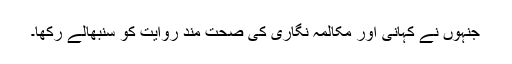
جنہوں نے کہانی اور مکالمہ نگاری کی صحت مند روایت کو سنبھالے رکھا۔